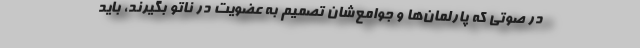
در صوتی که پارلمان‌ها و جوامع‌شان تصمیم به عضویت در ناتو بگیرند، باید